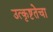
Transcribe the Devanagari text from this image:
उत्कृष्टतेचा